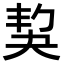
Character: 𡘱